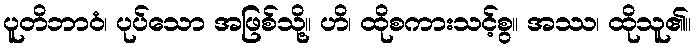
ပူတိဘာဝံ၊ ပုပ်သော အဖြစ်သို့။ ဟိ၊ ထိုစကားသင့်စွ။ အဿ၊ ထိုသူ၏။